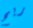
ريح